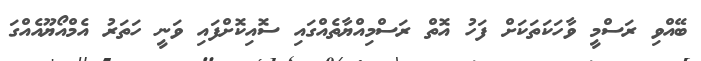
ބޭއްވި ރަސްމީ ވާހަކަތަކަށް ފަހު އޮތް ރަސްމިއްޔާތެއްގައި ސޮއިކޮށްފައި ވަނީ ހަތަރު އެމްއޯޔޫއެއްގަ